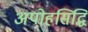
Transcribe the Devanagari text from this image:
अपोहसिद्धि